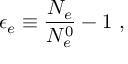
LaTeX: \epsilon _ { e } \equiv \frac { N _ { e } } { N _ { e } ^ { 0 } } - 1 ~ ,